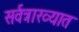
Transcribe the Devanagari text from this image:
सर्वत्राख्यात